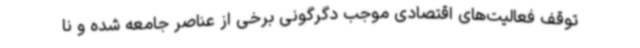
توقف فعالیت‌های اقتصادی موجب دگرگونی برخی از عناصر جامعه شده و نا